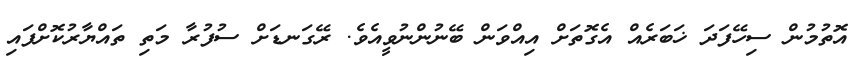
އޮތުމުން ސިހޭފަދަ ޚަބަރެއް އެގޮތަށް އިއްވަން ބޭނުންނުވީއެވެ. ރޭގަނޑަށް ސުފުރާ މަތި ތައްޔާރުކޮށްފައި